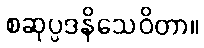
စဆုပ္ပဒနိသေဝိတာ။